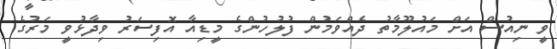
ވީ ނިއުސް އަށް މައުލޫމާތު ދެއްވަމުން ފުލުހުންގެ މީޑިއާ އޮފިސަރު ވިދާޅުވީ މަރުގެ